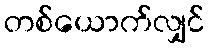
တစ်ယောက်လျှင်